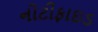
નોટીફાઇડ